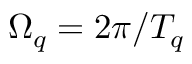
\Omega _ { q } = 2 \pi / T _ { q }